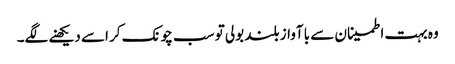
وہ بہت اطمینان سے با آواز بلند بولی تو سب چونک کر اسے دیکھنے لگے۔